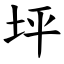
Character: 坪